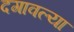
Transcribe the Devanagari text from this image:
दगावल्या